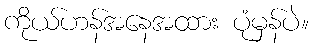
ကိုယ်ဟန်အနေအထား ပုံမှန်ပဲ။